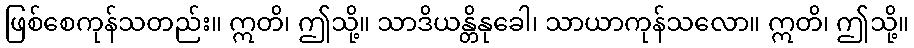
ဖြစ်စေကုန်သတည်း။ ဣတိ၊ ဤသို့။ သာဒိယန္တိနုခေါ၊ သာယာကုန်သလော။ ဣတိ၊ ဤသို့။